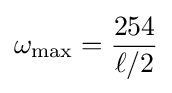
\omega _{\text{max}}={\frac {254}{\ell /2}}